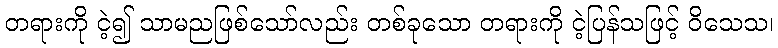
တရားကို ငဲ့၍ သာမညဖြစ်သော်လည်း တစ်ခုသော တရားကို ငဲ့ပြန်သဖြင့် ဝိသေသ၊